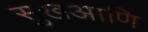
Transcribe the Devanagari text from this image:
सुखआणि